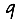
Digit: 9